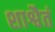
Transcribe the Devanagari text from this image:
शाश्वैतं